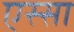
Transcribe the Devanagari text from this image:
एस्सा